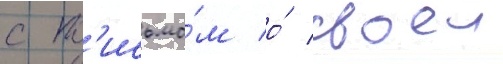
с п'исьмо́м о́ своеи